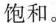
饱和。